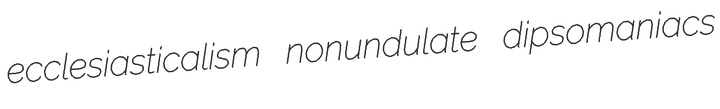
ecclesiasticalism nonundulate dipsomaniacs